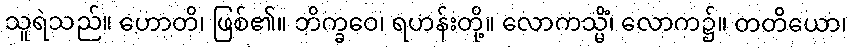
သူရဲသည်။ ဟောတိ၊ ဖြစ်၏။ ဘိက္ခဝေ၊ ရဟန်းတို့။ လောကသ္မိံ၊ လောက၌။ တတိယော၊